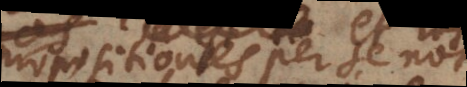
propositiones per se notas),